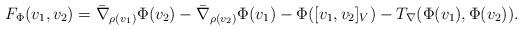
LaTeX: \begin{align*}F_\Phi(v_1,v_2)=\bar{\nabla}_{\rho(v_1)}\Phi(v_2)-\bar{\nabla}_{\rho(v_2)}\Phi(v_1)-\Phi([v_1,v_2]_V)-T_{\nabla}(\Phi(v_1),\Phi(v_2)).\end{align*}